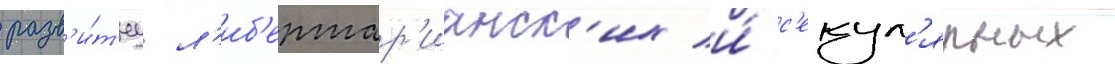
разв'и́т'иу л'иб'ертар'ианск'их и́ с'екул'ярных